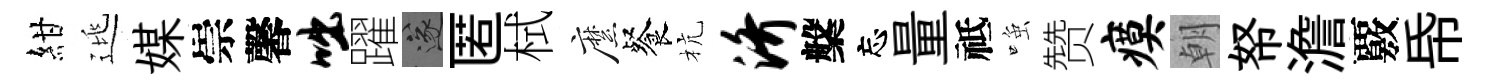
紺逃媒崇馨咄躍遂匿栻縻餐杭济槃忘量祗𫪻赞瘼朝帑澹覈帋